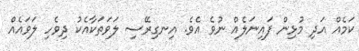
ކަމެއް އަދި މުޅިން ފައިނަލެއް ނުވެ އެވެ. އިނގިރޭސި ލަވަތަކާއެކު ދިވެހި ލަވައެއް